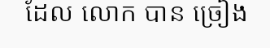
ដែល លោក បាន ច្រៀង